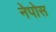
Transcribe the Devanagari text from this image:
नेपोस